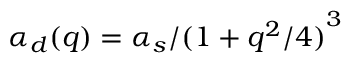
\alpha _ { d } ( q ) = \alpha _ { s } / { ( 1 + q ^ { 2 } / 4 ) } ^ { 3 }